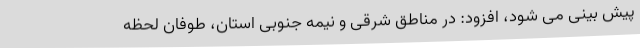
پیش بینی می شود، افزود: در مناطق شرقی و نیمه جنوبی استان، طوفان لحظه